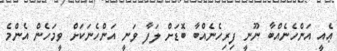
ޢެއީ އަންހެނެއްބާ ނޫނީ ފިރިހެނެއްބާ ބޮޑަށް ލަފާ ވަނީ އަންހެނަކަށް ވީމަހެން އެންމެ